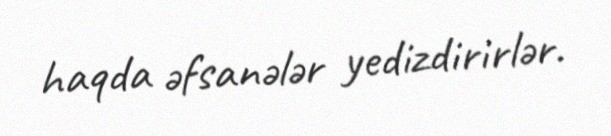
haqda əfsanələr yedizdirirlər.